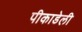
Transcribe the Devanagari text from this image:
पीकाडेली